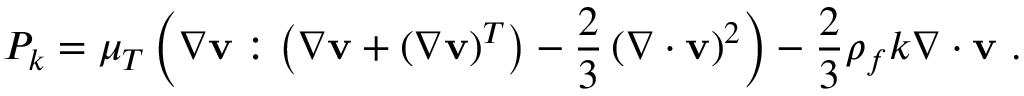
P _ { k } = \mu _ { T } \left( \nabla \mathbf { v } : \left( \nabla \mathbf { v } + \left( \nabla \mathbf { v } \right) ^ { T } \right) - \frac { 2 } { 3 } \left( \nabla \cdot \mathbf { v } \right) ^ { 2 } \right) - \frac { 2 } { 3 } \rho _ { f } k \nabla \cdot \mathbf { v } \mathrm { ~ . ~ }